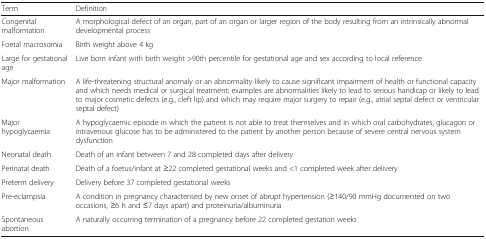
<table><thead><tr><td><b>Term</b></td><td><b>Definition</b></td></tr></thead><tbody><tr><td>Congenital malformation</td><td>A morphological defect of an organ, part of an organ or larger region of the body resulting from an intrinsically abnormal developmental process</td></tr><tr><td>Foetal macrosomia</td><td>Birth weight above 4 kg</td></tr><tr><td>Large for gestational age</td><td>Live born infant with birth weight &gt;90th percentile for gestational age and sex according to local reference</td></tr><tr><td>Major malformation</td><td>A life-threatening structural anomaly or an abnormality likely to cause significant impairment of health or functional capacity and which needs medical or surgical treatment; examples are abnormalities likely to lead to serious handicap or likely to lead to major cosmetic defects (e.g., cleft lip) and which may require major surgery to repair (e.g., atrial septal defect or ventricular septal defect)</td></tr><tr><td>Major hypoglycaemia</td><td>A hypoglycaemic episode in which the patient is not able to treat themselves and in which oral carbohydrates, glucagon or intravenous glucose has to be administered to the patient by another person because of severe central nervous system dysfunction</td></tr><tr><td>Neonatal death</td><td>Death of an infant between 7 and 28 completed days after delivery</td></tr><tr><td>Perinatal death</td><td>Death of a foetus/infant at ≥22 completed gestational weeks and &lt;1 completed week after delivery</td></tr><tr><td>Preterm delivery</td><td>Delivery before 37 completed gestational weeks</td></tr><tr><td>Pre-eclampsia</td><td>A condition in pregnancy characterised by new onset of abrupt hypertension (≥140/90 mmHg documented on two occasions, ≥6 h and ≤7 days apart) and proteinuria/albuminuria</td></tr><tr><td>Spontaneous abortion</td><td>A naturally occurring termination of a pregnancy before 22 completed gestation weeks</td></tr></tbody></table>